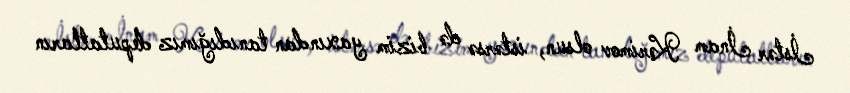
İstər İnam Kərimov olsun, istərsə də bizim yaxından tanıdığımız deputatların